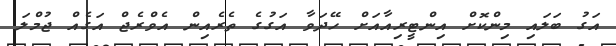
އަގު ބަލައި މިންކޮށް އިންޓީރިއާއަށް ހޭދަވާ އަގުގެ ތެރެއިން އެވްރެޖް އަގެއް ޖުމްލަ